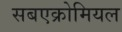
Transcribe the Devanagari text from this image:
सबएक्रोमियल